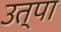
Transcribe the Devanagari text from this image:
उत्पा